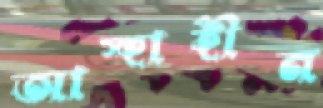
আস্হাহীন